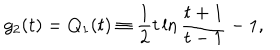
g _ { 2 } ( t ) = Q _ { 1 } ( t ) \equiv { \frac { 1 } { 2 } } t \ln { \frac { t + 1 } { t - 1 } } - 1 ,